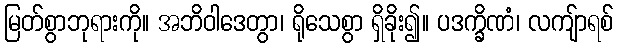
မြတ်စွာဘုရားကို။ အဘိဝါဒေတွာ၊ ရိုသေစွာ ရှိခိုး၍။ ပဒက္ခိဏံ၊ လကျ်ာရစ်